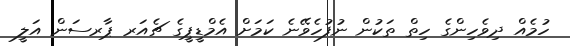
ހުމެއް ދިވެހިންގެ ހިތް ތަކުން ނުފުހެވޭނެ ކަމަށް އެމްޑީޕީގެ ޗެއަރ ޕާރސަން އަލީ